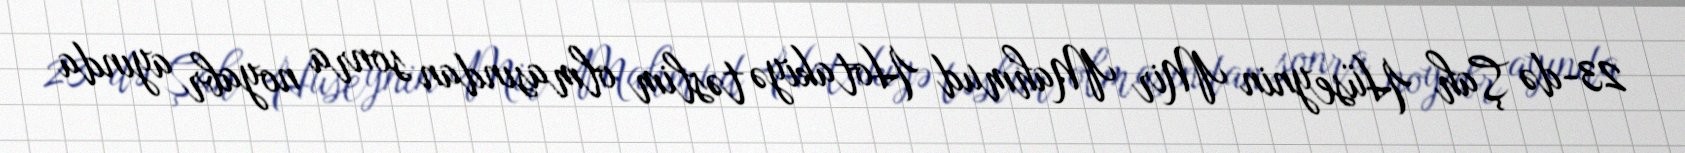
23-də Şah Hüseynin Mir Mahmud Hotakiyə təslim olmasından sonra noyabr ayında